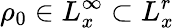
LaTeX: \rho_{0}\in L_{x}^{\infty}\subset L_{x}^{r}